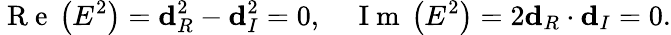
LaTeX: \mathrm{~R~e~}\left(E^{2}\right)=\mathbf{d}_{R}^{2}-\mathbf{d}_{I}^{2}=0,\quad\mathrm{~I~m~}\left(E^{2}\right)=2\mathbf{d}_{R}\cdot\mathbf{d}_{I}=0.